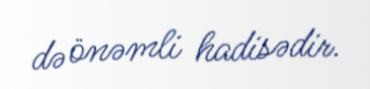
də önəmli hadisədir.